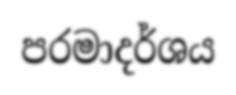
පරමාදර්ශය